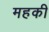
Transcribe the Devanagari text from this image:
महकी